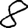
Digit: 8